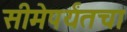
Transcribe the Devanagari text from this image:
सीमेपर्यंतचा